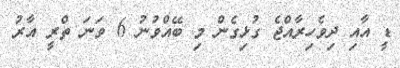
ޑީ އާއި ދިވެހިރާއްޖެ ގުޅިގެން މި ބޭއްވުނު 6 ވަނަ ތްރީ އާރު